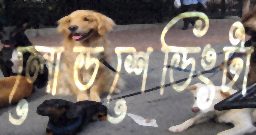
লোডশেডিংটা